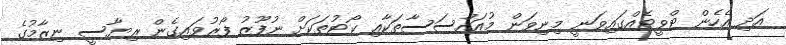
އަދި އެހެން ޓްވީޓެއްގައިވަނީ މިނިވަން މުއައްސަސާތަކާއި ކޯޓުތަކަށް ނުފޫޒު ފޯރުވައިގެން ރިޔާސީ ނިޒާމުގެ